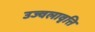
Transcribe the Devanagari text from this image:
उज्वलावृत्ति